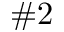
\# 2